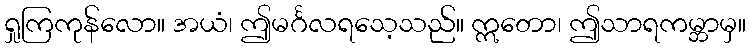
ရှုကြကုန်လော။ အယံ၊ ဤမင်္ဂလရသေ့သည်။ ဣတော၊ ဤသာရကမ္ဘာမှ။